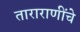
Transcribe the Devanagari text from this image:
ताराराणींचे